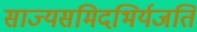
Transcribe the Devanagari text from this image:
साज्यसमिदभिर्यजति